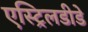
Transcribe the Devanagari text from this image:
एस्ट्रिलडीडे